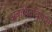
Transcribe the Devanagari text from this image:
अबाधितविलास